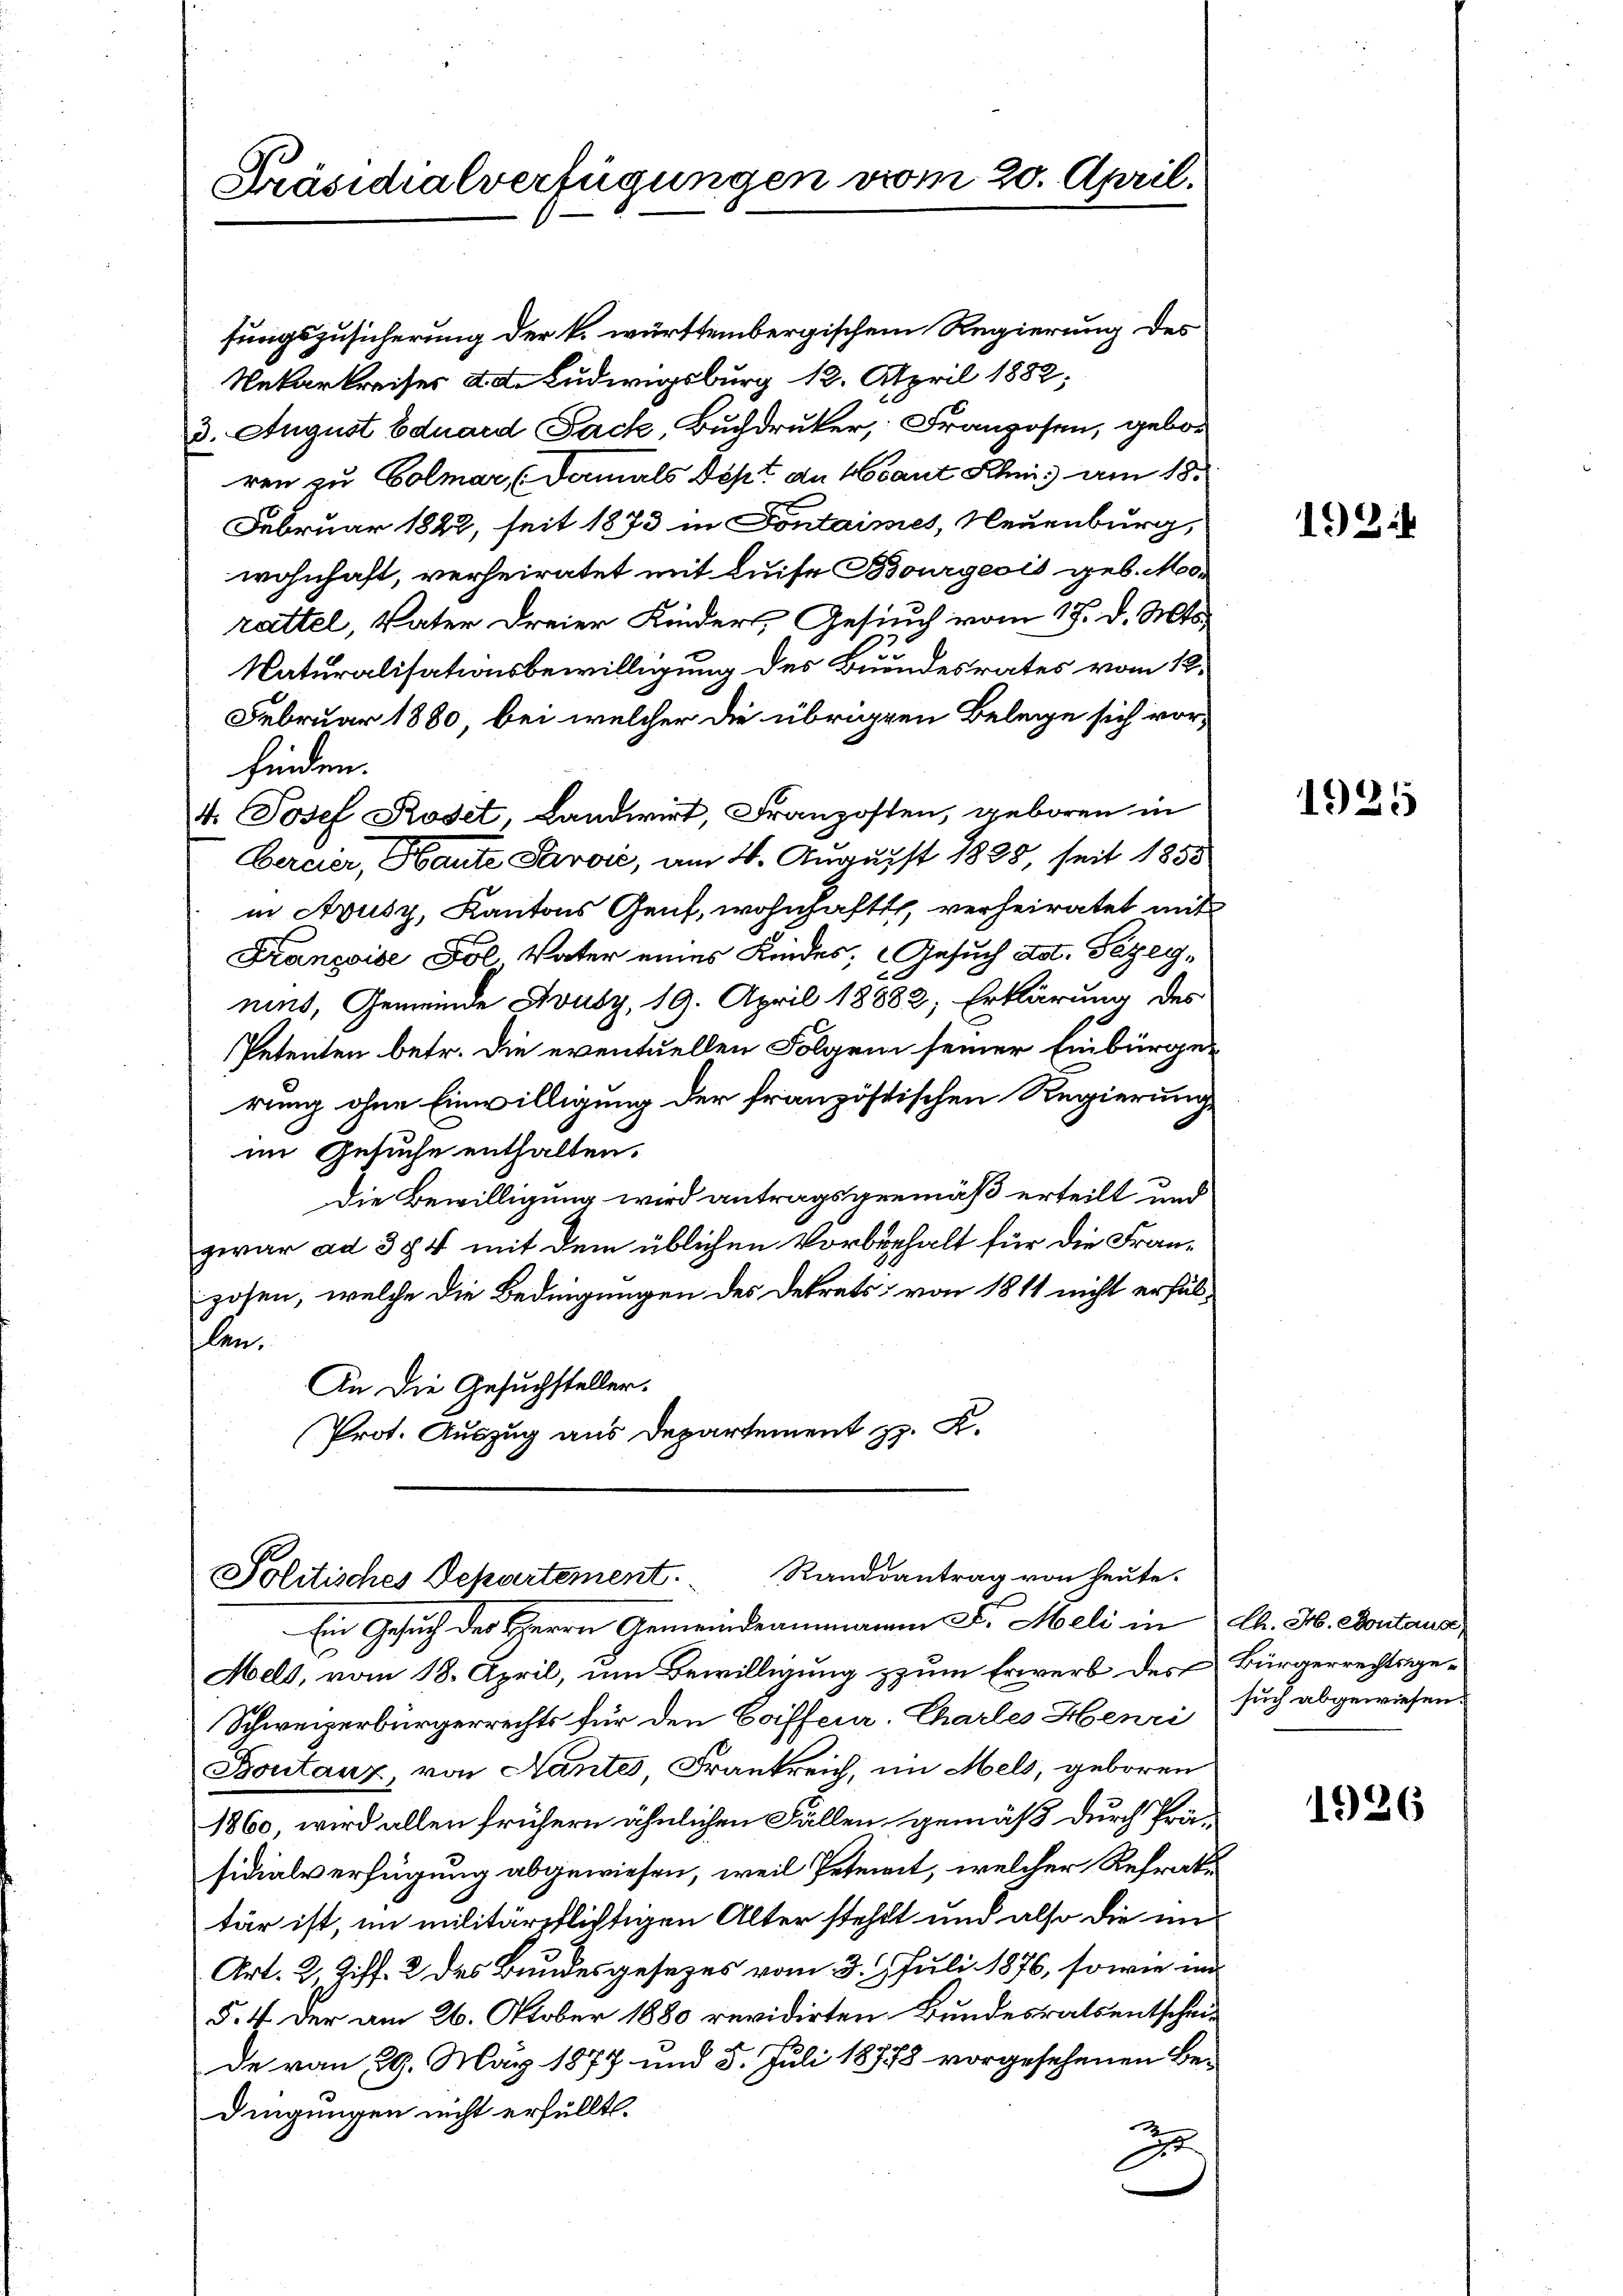
fungszusicherung der k. württembergischem Regierung des
Nekarkreises ad. Ludwigsburg 12. April 1882,
3. August Eduard Pack, Buchdruker, Franzosen, gebor
ren zu Colmar (damals Dept de sant Schnis am 18.
Februar 1822, seit 1873 in Fontaimes, Neuenburg,
wohnhaft, verheiratet mit Luise Bourgeois geb. Morattel, Vater dreier Kinders, Gesuch vom 17. d. Mts.
.
Naturalisationsbewilligung des Bundesrates vom 12.
Februar 1880, bei welcher die übrigen Belege sich vorfinden.
4. Josef Roset, Landwirt, Franzosten, geboren in
Cercier, Baute Parvić, am 4. August 1825, seit 1858
in Avusz, Kantons Genf, wohnhaft, verheiratet mit
Franzoise Fol Vater eines Kindes, Gesuch dot. Pezeg,
nius, Gemeinde Avusz, 19. April 18882; Erklärung des
Petenten betr. die eventuellen Folgen seiner Einbürger
rung ohne Einwilligung der französtischen Regierung
im Gesuche enthalten.
Die Bewilligung wird antragsgemäß erteilt und
zwar ad 354 mit dem üblichen Vorbehalt für die Franzosen, welche die Bedingungen des Dekrets von 1811 nicht erfäl-
len.
An die Gesuchsteller.
Prot. Auszug aus Departement z. K.

Präsidialverfügungen vom 20. April.

Politisches Departement. Randsantrag von heute.
Ein Gesuch des Herrn Gemeindeammanni d. Meli in

Mels, vom 18. April, um Bewilligung zum Erwerb des Bürgerrechtsge¬
Schweizerbürgerrechts für den Coiffeur-Charles Henri such abgewiesen.
Bontanz, von Nantes, Frankreich, im Mels, geboren
1860, wird allen frühern ähnlichen Fällen gemäß durch Prä-
sidialverfügung abgewiesen, weil Peterit, welcher Refraktär ist, im militärpflichtigen Alter stehet und also die un
Art. 2, Ziff. 2 des Bundesgesezes vom 3. Juli 1876, sowie in
§. 4. Der am 26. Oktober 1880 revidirten Bundesrats entscheil
de von 29. März 1877 und 3. Juli 18778 vorgesehenen Be-
dingungen nicht erfüllt.
2

1921

1925

Ch. H. Contause

1926